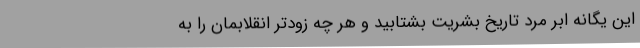
این یگانه ابر مرد تاریخ بشریت بشتابید و هر چه زودتر انقلابمان را به